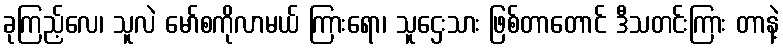
ခုကြည့်လေ၊ သူလဲ မော်စကိုလာမယ် ကြားရော၊ သူဌေးသား ဖြစ်တာတောင် ဒီသတင်းကြား တာနဲ့